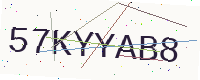
Text: 57KYYAB8